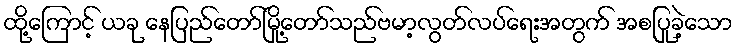
ထို့ကြောင့် ယခု နေပြည်တော်မြို့တော်သည်ဗမာ့လွတ်လပ်ရေးအတွက် အစပြုခဲ့သော